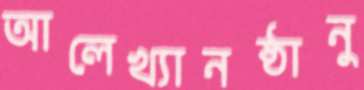
আলেখ্যানষ্ঠানু